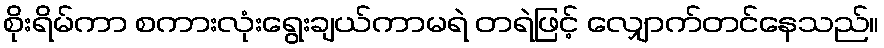
စိုးရိမ်ကာ စကားလုံးရွေးချယ်ကာမရဲ တရဲဖြင့် လျှောက်တင်နေသည်။